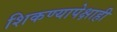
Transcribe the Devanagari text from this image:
शिकण्यापेक्षाही